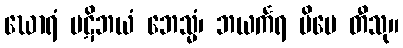
ဃောရံ ပဋိဘယံ ဘေသ္မံ၊ ဘယင်္ကရ မိမေ တီသု။